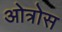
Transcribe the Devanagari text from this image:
ओत्रोस